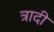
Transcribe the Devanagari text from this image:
त्रादी